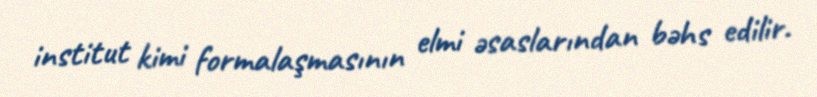
institut kimi formalaşmasının elmi əsaslarından bəhs edilir.